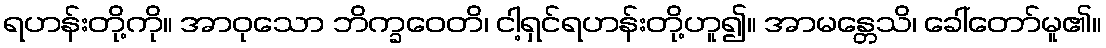
ရဟန်းတို့ကို။ အာဝုသော ဘိက္ခဝေတိ၊ ငါ့ရှင်ရဟန်းတို့ဟူ၍။ အာမန္တေသိ၊ ခေါ်တော်မူ၏။